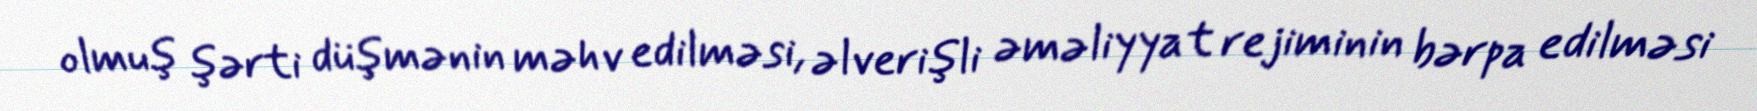
olmuş şərti düşmənin məhv edilməsi, əlverişli əməliyyat rejiminin bərpa edilməsi